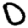
Digit: 0